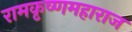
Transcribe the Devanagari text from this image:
रामकृष्णमहाराज